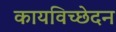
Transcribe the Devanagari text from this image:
कायविच्छेदन